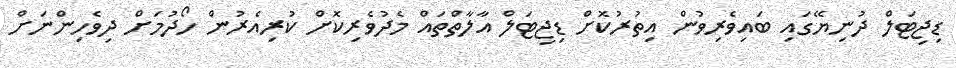
ޑިޖިޓަލް ދުނިޔޭގައި ބައިވެރިވުން އިތުރުކޮށް ޑިޖިޓަލް އާލާތްތައް މެދުވެރިކޮށް ކުރިއެރުން ހޯދުމަށް ދިވެހިންނަށް